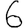
Digit: 6